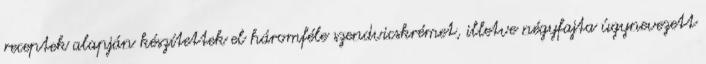
receptek alapján készítettek el háromféle szendvicskrémet, illetve négyfajta úgynevezett